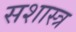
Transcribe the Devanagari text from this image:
सशास्त्र